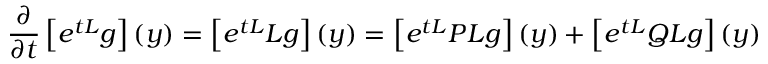
\frac { \partial } { \partial t } \left[ e ^ { t { \cal L } } g \right] ( y ) = \left[ e ^ { t { \cal L } } { \cal L } g \right] ( y ) = \left[ e ^ { t { \cal L } } P { \cal L } g \right] ( y ) + \left[ e ^ { t { \cal L } } Q { \cal L } g \right] ( y )